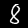
Label: 8